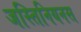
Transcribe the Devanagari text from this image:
जस्तिनियनस